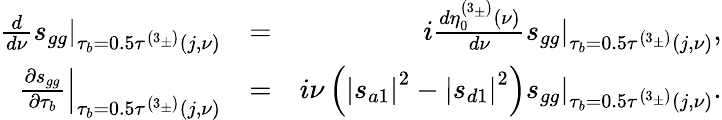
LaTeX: \begin{array}{rlr}{\frac{d}{d\nu}\left.s_{gg}\right\vert_{\tau_{b}=0.5\tau^{\left(3_{\pm}\right)}\left(j,\nu\right)}}&{=}&{i\frac{d\eta_{0}^{\left(3_{\pm}\right)}\left(\nu\right)}{d\nu}\left.s_{gg}\right\vert_{\tau_{b}=0.5\tau^{\left(3_{\pm}\right)}\left(j,\nu\right)},}\\ {\left.\frac{\partial s_{gg}}{\partial\tau_{b}}\right\vert_{\tau_{b}=0.5\tau^{\left(3_{\pm}\right)}\left(j,\nu\right)}}&{=}&{i\nu\left(\left\vert s_{a1}\right\vert^{2}-\left\vert s_{d1}\right\vert^{2}\right)\left.s_{gg}\right\vert_{\tau_{b}=0.5\tau^{\left(3_{\pm}\right)}\left(j,\nu\right)}.}\end{array}